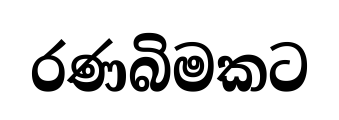
රණබිමකට